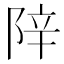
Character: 𬯁